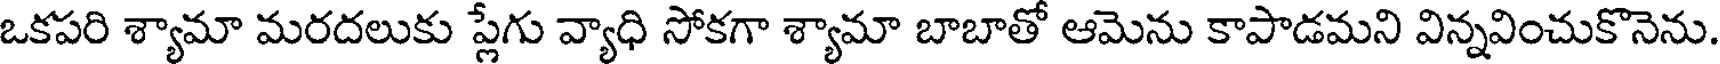
ఒకపరి శ్యామా మరదలుకు ప్లేగు వ్యాధి సోకగా శ్యామా బాబాతో ఆమెను కాపాడమని విన్నవించుకొనెను.